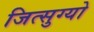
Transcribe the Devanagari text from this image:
जित्सुग्यो